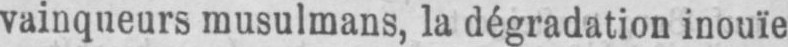
vainqueurs musulmans, la dégradation inouïe